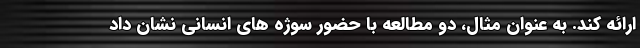
ارائه کند. به عنوان مثال، دو مطالعه با حضور سوژه های انسانی نشان داد